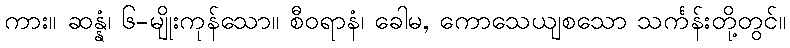
ကား။ ဆန္နံ၊ ၆-မျိုးကုန်သော။ စီဝရာနံ၊ ခေါမ, ကောသေယျစသော သင်္ကန်းတို့တွင်။